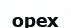
орех